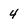
Character: 4